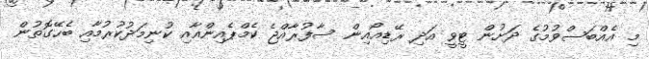
މި އެއްބަސްވުމުގެ ދަށުން ޓީވީ އަދި ރޭޑިއޯއިން ސާފުރާއްޖެ ކެމްޕެއިންއާއި ކުނިމަދުކުރުމާއި ބެހޭގޮތުން